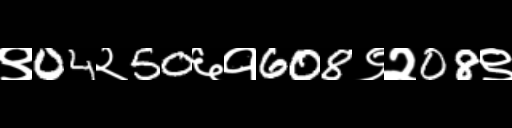
Text: ९04२50६१608९२08९